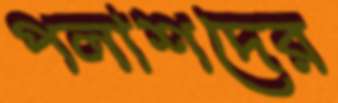
পলাশদের